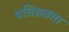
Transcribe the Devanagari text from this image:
पतिव्रतता